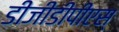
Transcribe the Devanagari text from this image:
डीजीडीपीएस्